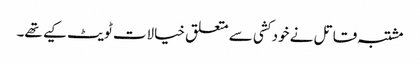
مشتبہ قاتل نے خود کشی سے متعلق خیالات ٹویٹ کیے تھے۔